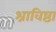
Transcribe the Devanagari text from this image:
श्राविष्ठा